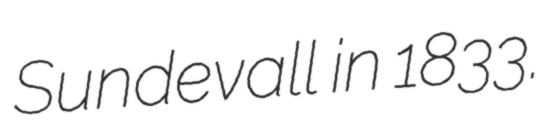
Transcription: Sundevall in 1833.